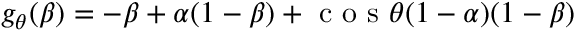
g _ { \theta } ( \beta ) = - \beta + \alpha ( 1 - \beta ) + \textrm { c o s } \theta ( 1 - \alpha ) ( 1 - \beta )